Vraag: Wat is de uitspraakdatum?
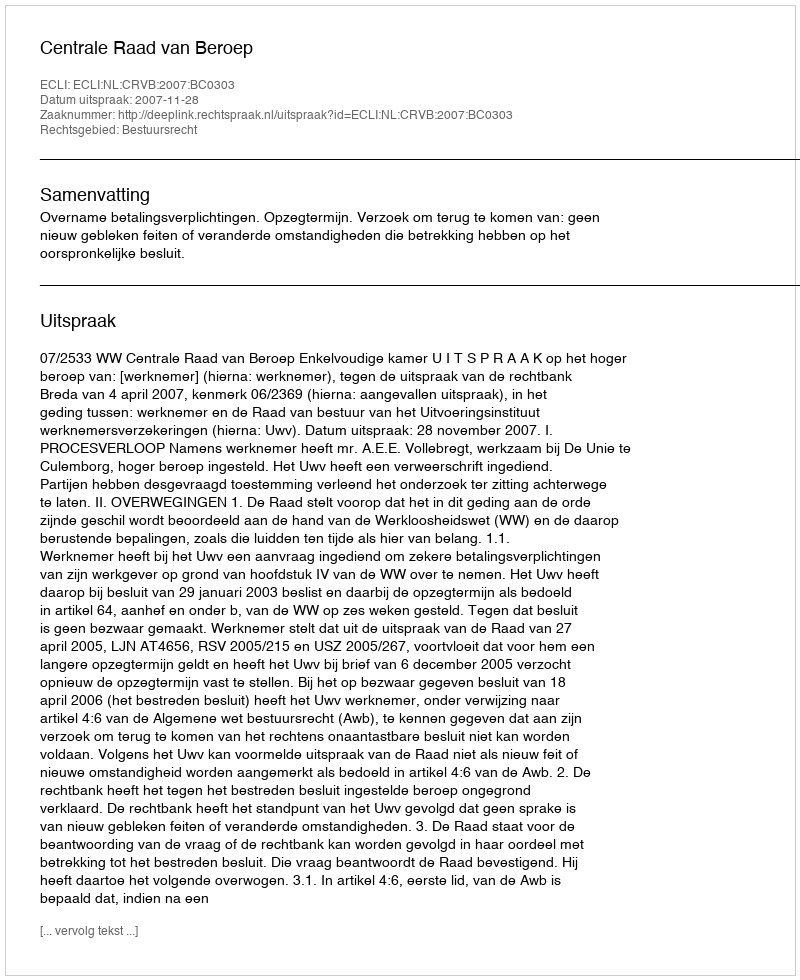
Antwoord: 2007-11-28